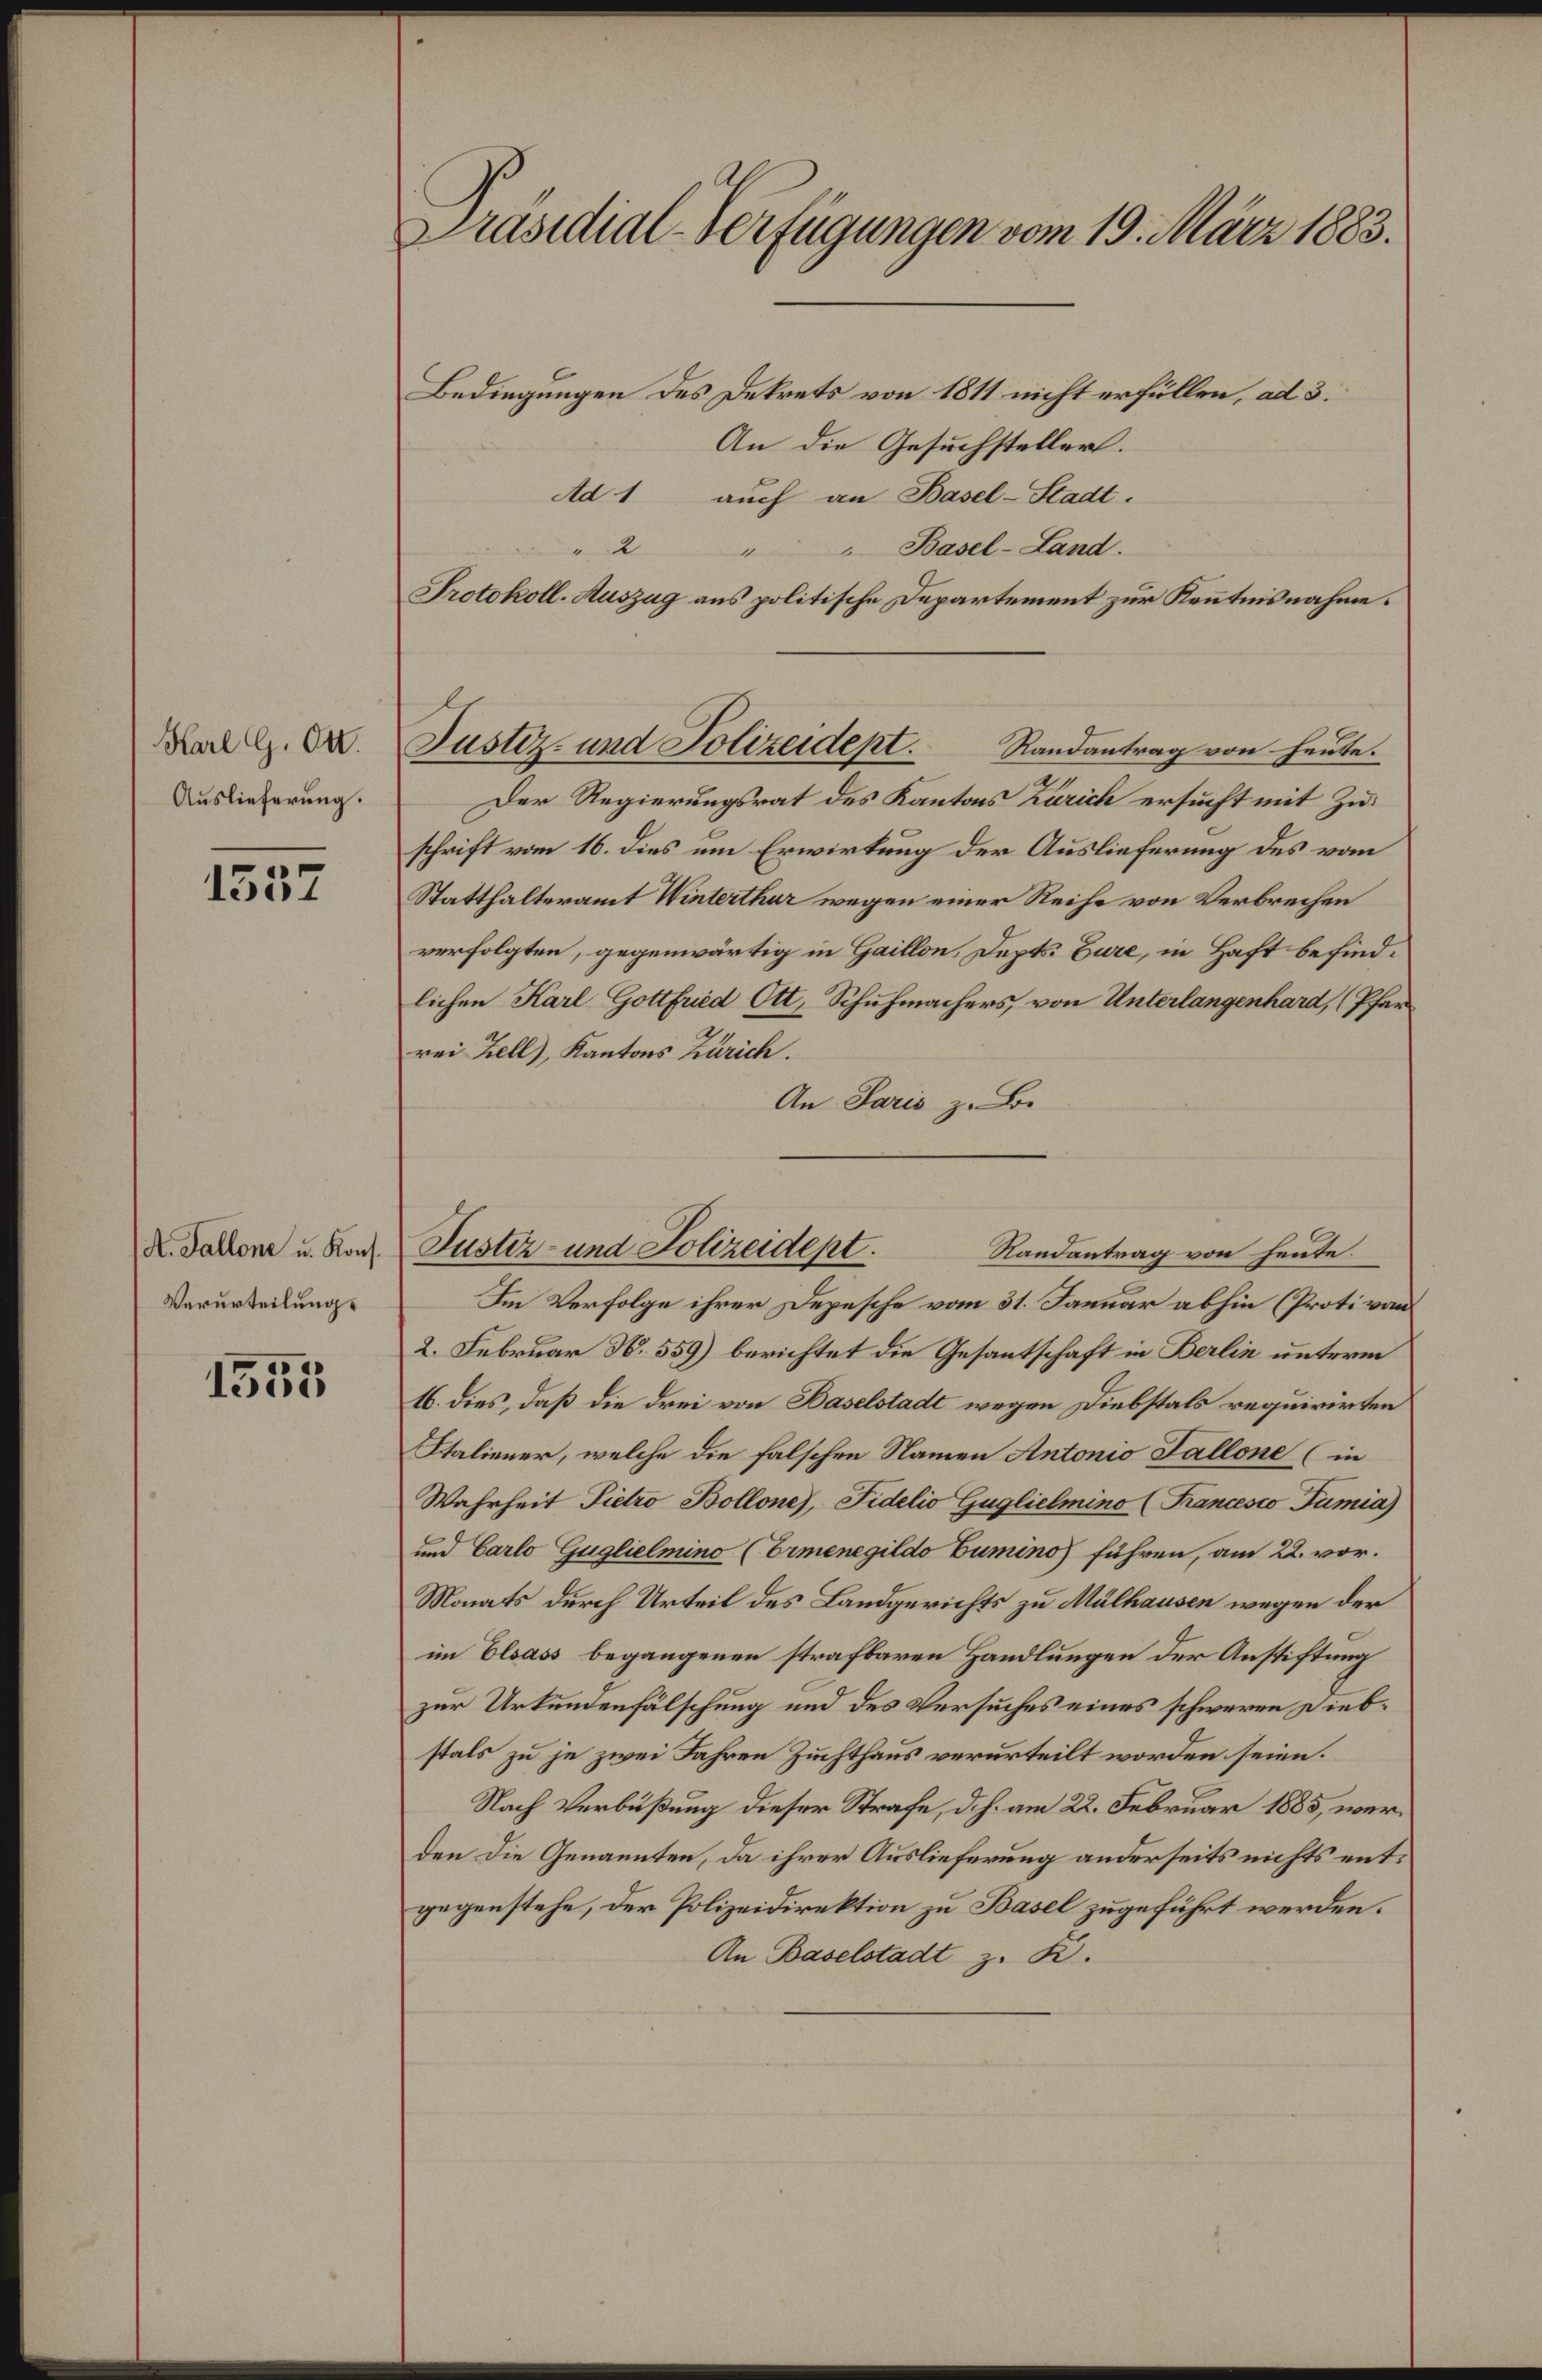
Karl G. O.
Auslieferung.

1537

A. Gallone u. Kons.
Verurteilung.

1555

Präsidial-Verfügungen vom 19. März 1883.

2
"Basel-Land.
4
Protokoll-Auszug aus politische Departement zur Kenntnisnahme.
Justiz- und Polizeidept.

Bedingungen des Dekrets von 1811 nicht erfüllen, ad 3.
An die Gesuchsteller.
Ad 1 auch an Basel-Stadt.
Randantrag von heute.
Der Regierungsrat des Kantons Zürich ersucht mit Zuschrift vom 16. dies um Erwirtung der Auslieferung des vom
Statthalteramt Winterthur wegen einer Reihe von Verbrechen
verfolgten, gegenwärtig in Gaillon, Depts. Eure, in Haft befindlichen Karl Gottfried Ott, Schuhmachers, von Unterlangenhard, (Pfarrei Zell, Kantons Zürich.
An Paris zu Be¬
Im Verfolge ihrer Depesche vom 31. Januar abhin (Protivan
2. Februar N. 559) berichtet die Gesantschaft in Berlin unterm
16. dies, daß die drei von Baselstadt wegen Diebstals requirirten
Italiener, welche die falschen Namen Antonio Fallone (in
Wahrheit Pietro Bollone, Fidelio Guglielmino (Francesco Tümia)
und Carlo Guglielmino (Ermenegildo Cumino führen, am 22. vor.
Monats durch Urteil des Landgerichts zu Mülhausen wegen der
im Elsass begangenen strafbaren Handlungen der Anstiftung
zur Urkundenfälschung und des Versuches eines schweren Diebstals zu je zwei Jahren Zuchthaus verurteilt worden seien.
Nach Verbüßung dieser Strafe, d. h. am 28. Februar 1885, werden die Genannten, da ihrer Auslieferung anderseits nichts entgegenstehe, der Polizeidirektion zu Basel zugeführt werden.
An Baselstadt z. B.

Justiz- und Polizeidept. Randantrag von heute